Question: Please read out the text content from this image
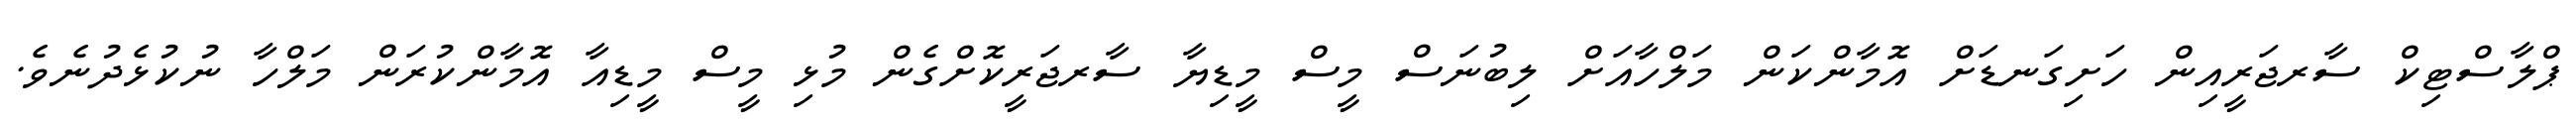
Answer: ޕްލާސްޓިކް ސާރޖަރީއިން ހަށިގަނޑަށް އޮމާންކަން މަލްހާއަށް ލިބުނަސް މީސް މީޑިޔާ ސާރޖަރީކޮށްގެން މުޅި މީސް މީޑިއާ އޮމާންކުރަން މަލްހާ ނުކުޅެދުނެވެ.